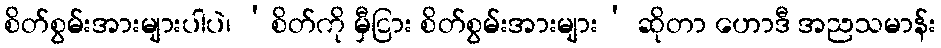
စိတ်စွမ်းအားများပါပဲ၊ ‘စိတ်ကို မှီငြား စိတ်စွမ်းအားများ’ ဆိုတာ ဟောဒီ အညသမာန်း